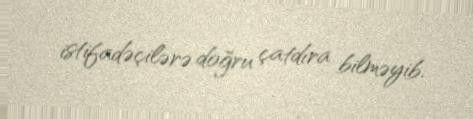
istifadəçilərə doğru çatdıra bilməyib.